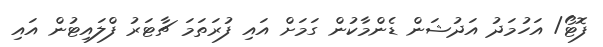
ފޮޓޯ/ އަހުމަދު އަދުޝަން ޑެންމާކުން ގަމަށް އައި ފުރަތަމަ ޗާޓަރު ފްލައިޓުން އައި